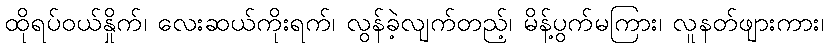
ထိုရပ်ဝယ်နှိုက်၊ လေးဆယ်ကိုးရက်၊ လွန်ခဲ့လျက်တည့်၊ မိန့်ပွက်မကြား၊ လူနတ်ဖျားကား၊